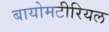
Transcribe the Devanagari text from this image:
बायोमटीरियल